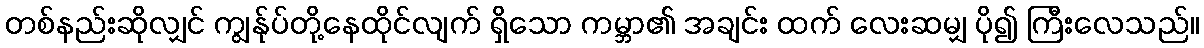
တစ်နည်းဆိုလျှင် ကျွန်ုပ်တို့နေထိုင်လျက် ရှိသော ကမ္ဘာ၏ အချင်း ထက် လေးဆမျှ ပို၍ ကြီးလေသည်။